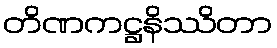
တိဏကဋ္ဌနိဿိတာ